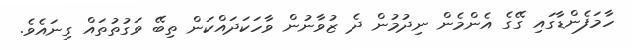
ހާމަފެންޑާގައި ގޭގެ އެންމެން ނިދުމުން ދެ ޒުވާނުން ވާހަކަދައްކަން ތިބޭ ވަގުތުތައް ގިނައެވެ.